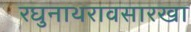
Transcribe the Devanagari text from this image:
रघुनाथरावसारखा